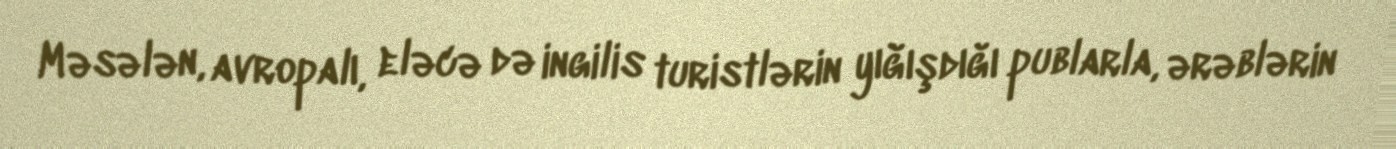
Məsələn, avropalı, eləcə də ingilis turistlərin yığışdığı publarla, ərəblərin